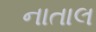
નાતાલ